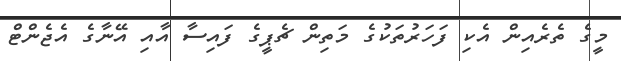
މީގެ ތެރެއިން އެކި ފަހަރުތަކުގެ މަތިން ޗެޕީގެ ފައިސާ އާއި އޭނާގެ އެޖެންޓް